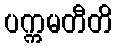
ပက္ကမတီတိ